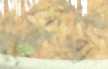
প্রসব্য